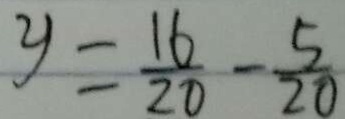
y = \frac { 1 6 } { 2 0 } - \frac { 5 } { 2 0 }